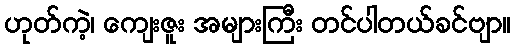
ဟုတ်ကဲ့၊ ကျေးဇူး အများကြီး တင်ပါတယ်ခင်ဗျာ။